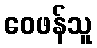
ဝေဖန်သူ